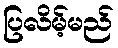
ပြလိမ့်မည်